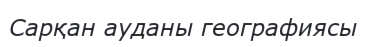
Сарқан ауданы географиясы